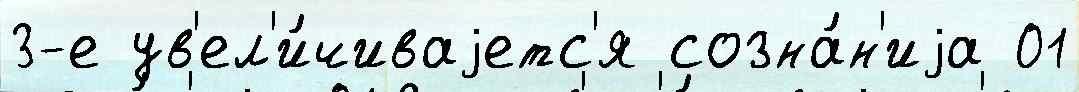
3-е ув'ел'и́чиваjетс'я созна́н'иjа 01